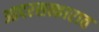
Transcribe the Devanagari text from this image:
आदरसत्कारात